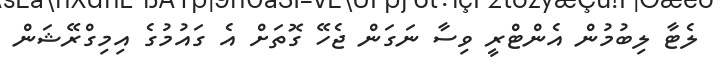
ލެޓާ ލިބުމުން އެންޓްރީ ވިސާ ނަގަން ޖެހޭ ގޮތަށް އެ ގައުމުގެ އިމިގްރޭޝަން